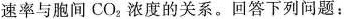
速率与胞间CO_{2}浓度的关系。回答下列问题：